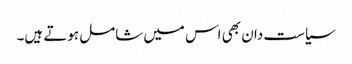
سیاست دان بھی اس میں شامل ہوتے ہیں۔